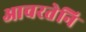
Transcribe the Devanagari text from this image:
आचरतेनि